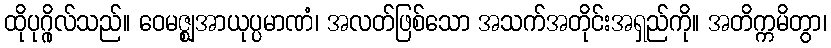
ထိုပုဂ္ဂိုလ်သည်။ ဝေမဇ္ဈအာယုပ္ပမာဏံ၊ အလတ်ဖြစ်သော အသက်အတိုင်းအရှည်ကို။ အတိက္ကမိတွာ၊